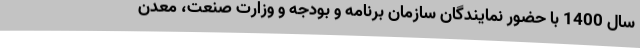
سال 1400 با حضور نمایندگان سازمان برنامه و بودجه و وزارت صنعت، معدن